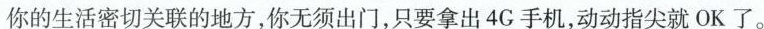
你的生活密切关联的地方，你无须出门，只要拿出4G手机，动动指尖就OK了。